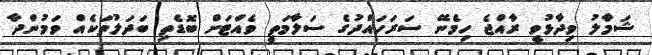
ޝަމާލު ވިދާޅުވީ ރާއްޖެ ހިމެނޭ ސަރަހައްދުގެ ސަލާމަތީ ވެއްޓަށް ބޮޑެތި ބަދަލުތަކެއް ވަމުންދާ